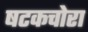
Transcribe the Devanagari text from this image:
षटकचोरा